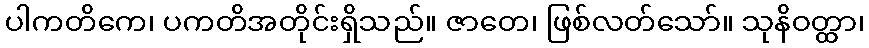
ပါကတိကေ၊ ပကတိအတိုင်းရှိသည်။ ဇာတေ၊ ဖြစ်လတ်သော်။ သုနိဝတ္ထာ၊